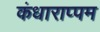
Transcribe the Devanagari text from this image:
कंधाराप्पम